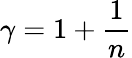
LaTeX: \gamma=1+\frac{1}{n}